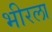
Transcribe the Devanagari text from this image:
भीरला